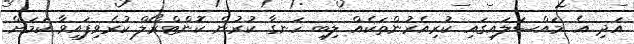
އަދި އެ މައްސަލައިގައި ކުރިއެރުންތަކެއް ލިބި ހަނގާ ކުރުން ކޮންޓްރޯލް ކުރެވިފައިވާ ކަމަށް